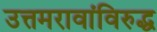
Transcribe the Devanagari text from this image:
उत्तमरावांविरुद्ध